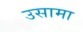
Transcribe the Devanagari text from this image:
उसामा